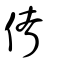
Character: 傄